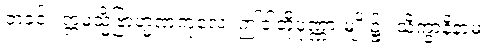
ဘခင်။ ဣမသ္မိံဗြာဟ္မဏကုလေ၊ ဤငါတို့ပုဏ္ဏားမျိုး၌။ သိက္ခာနိနာမ၊